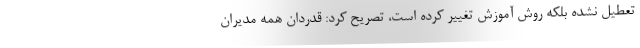
تعطیل نشده بلکه روش آموزش تغییر کرده است، تصریح کرد: قدردان همه مدیران